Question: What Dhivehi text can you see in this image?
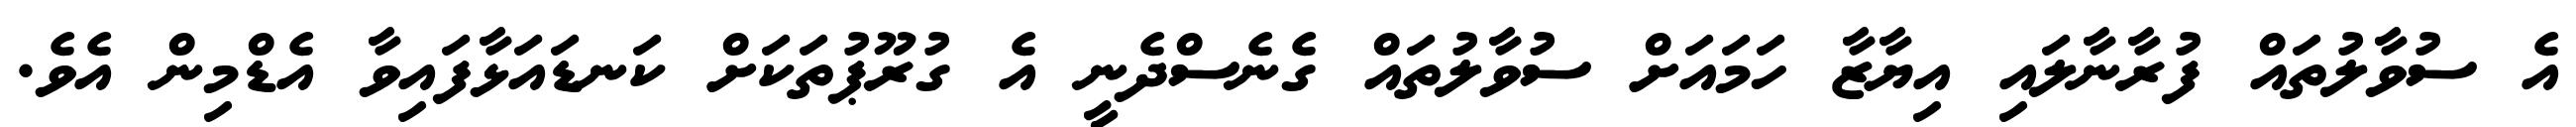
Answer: އެ ސުވާލުތައް ފުރާނާލައި އިޔާޒާ ހަމައަށް ސުވާލުތައް ގެނެސްދެނީ އެ ގުރޫޕުތަކަށް ކަނޑައަޅާފައިވާ އެޑްމިން އެވެ.